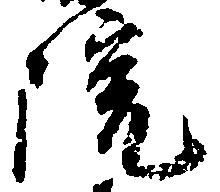
院